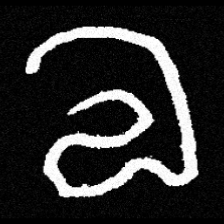
Pyu character \u2014 Myanmar letter: လ (romanized: la)